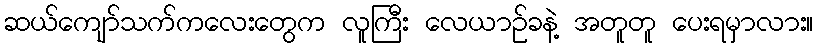
ဆယ်ကျော်သက်ကလေးတွေက လူကြီး လေယာဉ်ခနဲ့ အတူတူ ပေးရမှာလား။